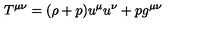
T ^ { \mu \nu } = ( \rho + p ) u ^ { \mu } u ^ { \nu } + p g ^ { \mu \nu }